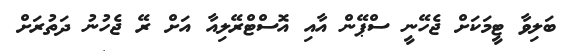
ބަލިވާ ޓީމަކަށް ޖެހޭނީ ސްޕޭން އާއި އޮސްޓްރޭލިއާ އަށް ރޭ ޖެހުނު ދަތުރަށް